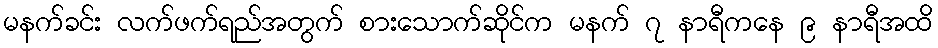
မနက်ခင်း လက်ဖက်ရည်အတွက် စားသောက်ဆိုင်က မနက် ၇ နာရီကနေ ၉ နာရီအထိ